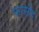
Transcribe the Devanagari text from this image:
फरसीद